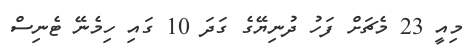
މިއީ 23 މެޗަށް ފަހު ދުނިޔޭގެ ގަދަ 10 ގައި ހިމެނޭ ޓެނިސް